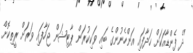
"ދެ ފެންޑާއަކަށް ހަދާފައި އަންހެނުންގެ ބައި ވަކިކުރަން ޕާޓިޝަން ޖަހާފައި ވަރަށް ރީތިކޮށް